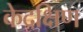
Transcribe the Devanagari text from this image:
केदक्षिण